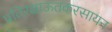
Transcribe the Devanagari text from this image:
प्रतिरक्षाऊतकरसायन